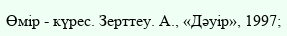
Өмір - күрес. Зерттеу. А., «Дәуір», 1997;